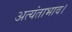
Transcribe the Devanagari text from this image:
अत्यंताभाव।